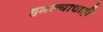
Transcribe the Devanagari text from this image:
इमल्याचाही